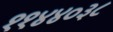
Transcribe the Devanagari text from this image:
११४४०३८